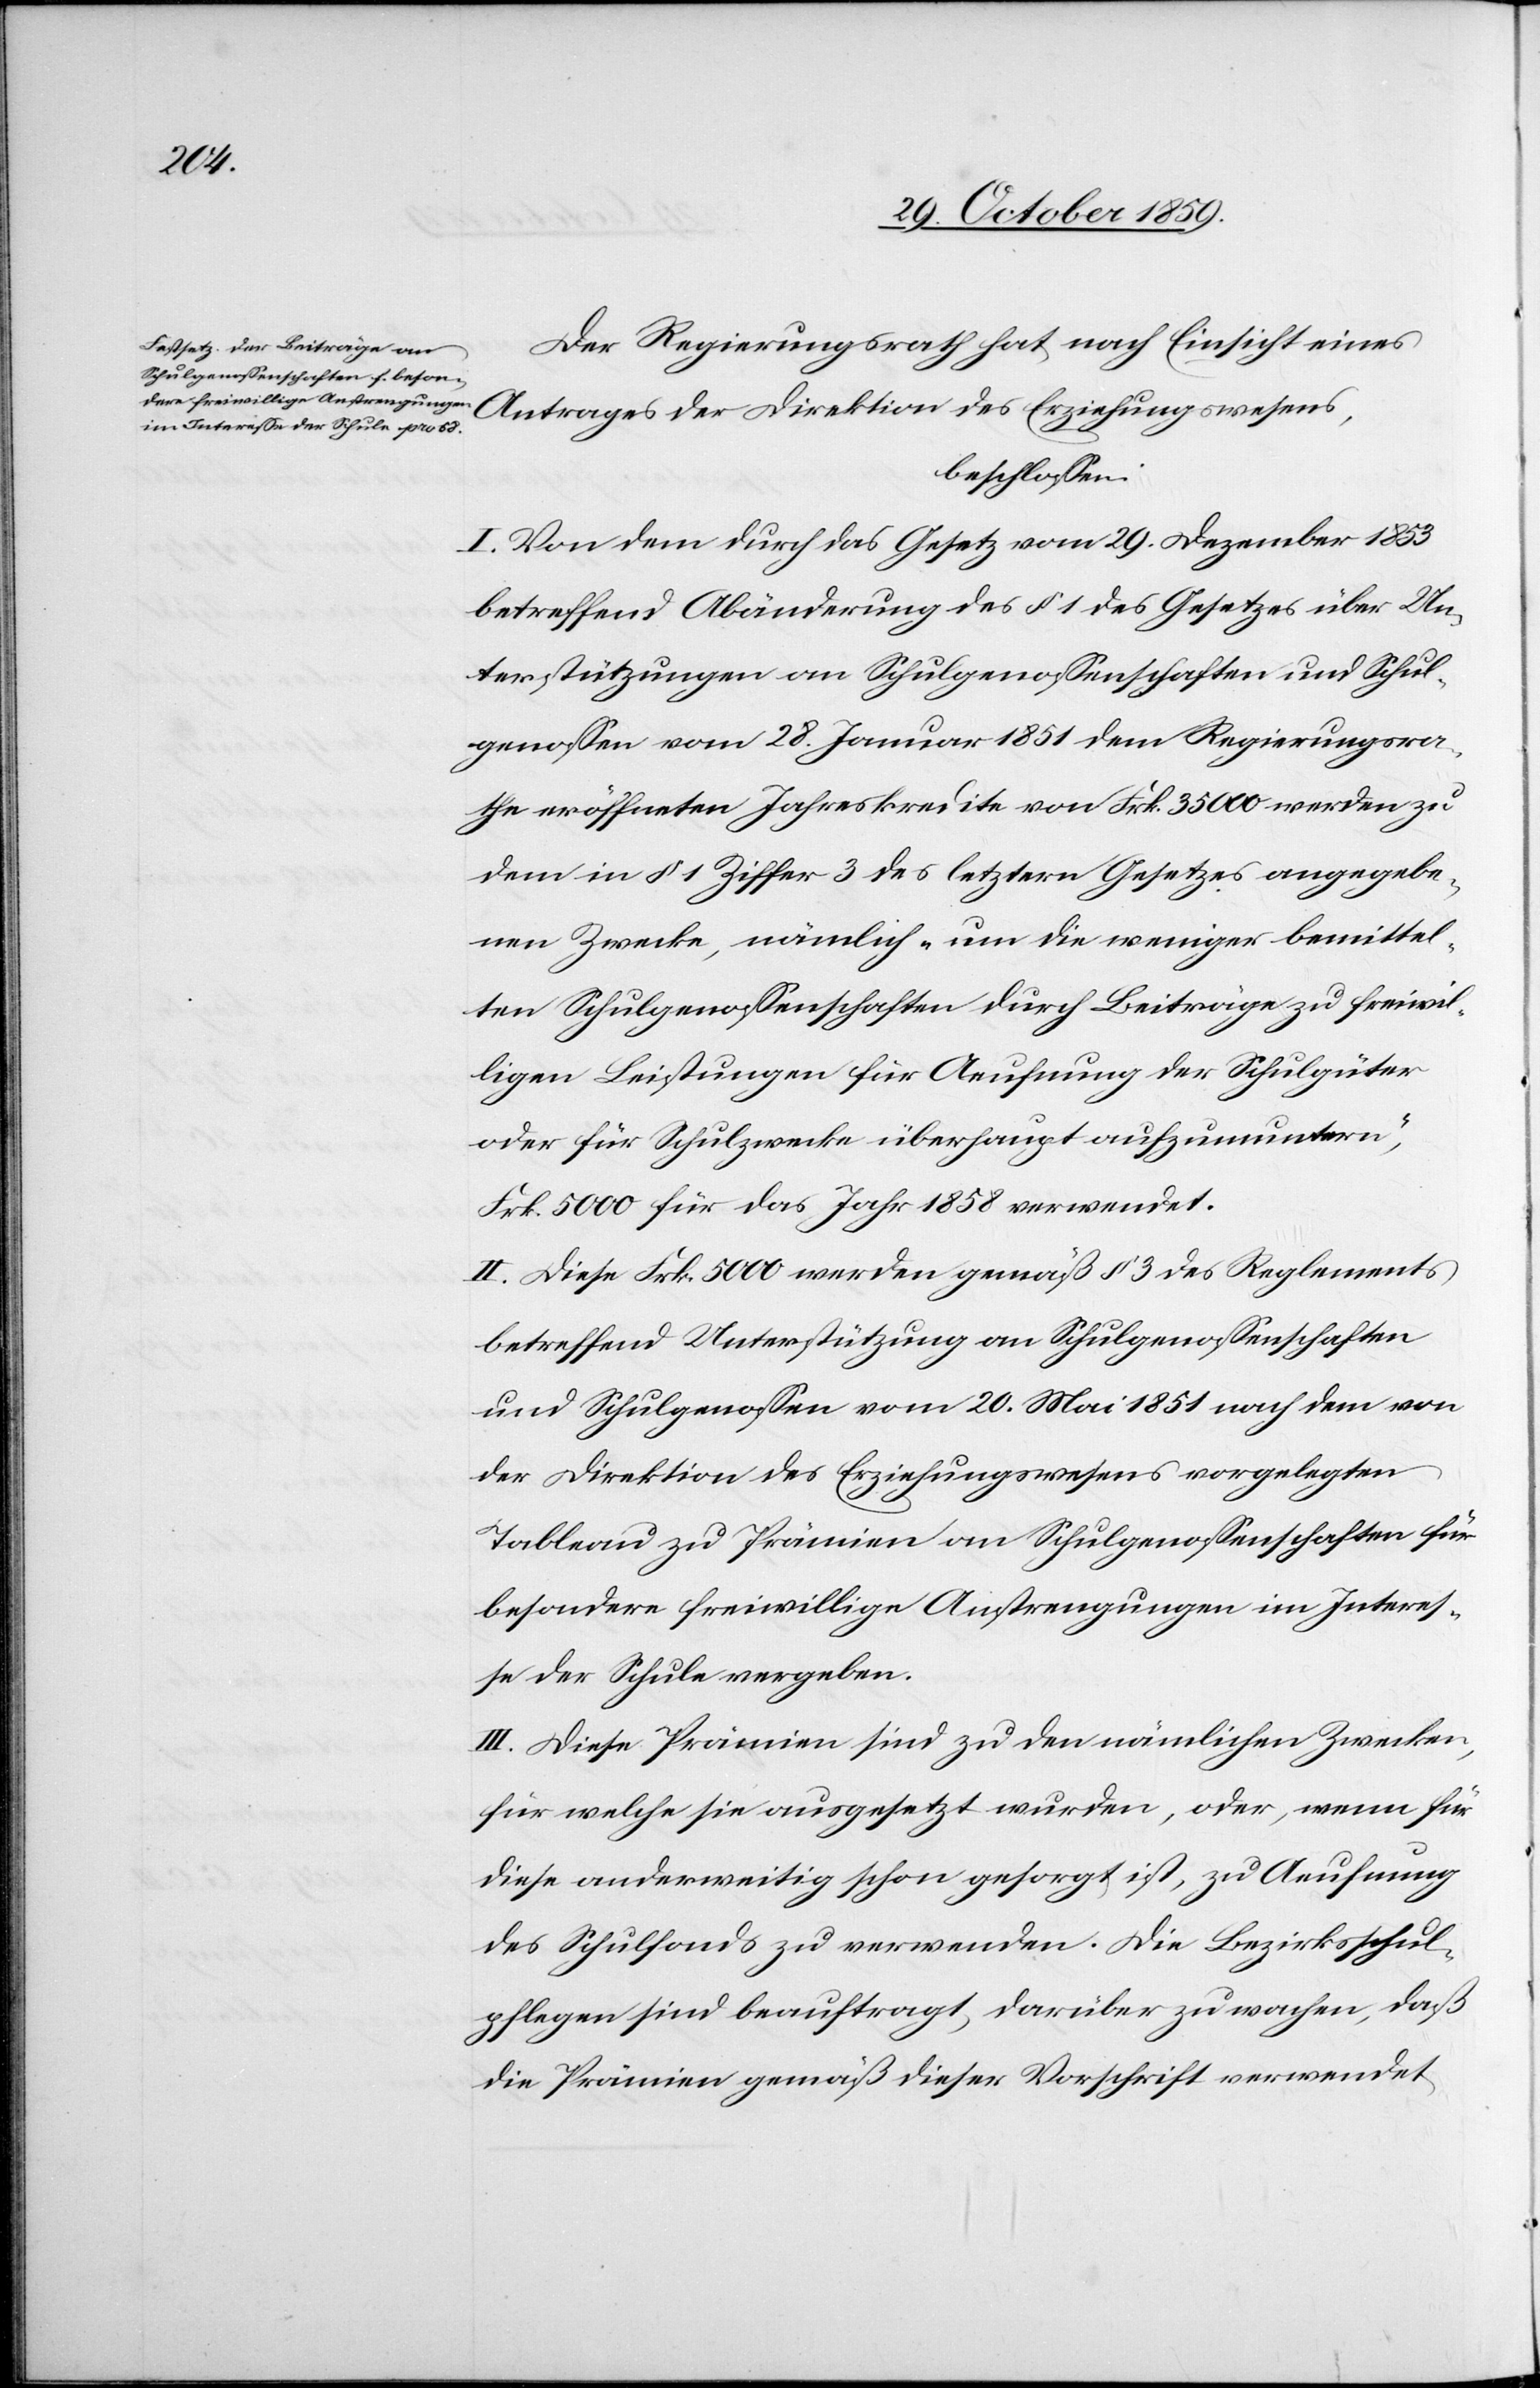
Der Regierungsrath hat, nach Einsicht eines
Antrages der Direktion des Erziehungswesens,
beschlossen:
I. Von dem durch das Gesetz vom 29. Dezember 1853
betreffend Abänderung des § 1 des Gesetzes über Un¬
terstützungen an Schulgenossenschaften und Schul¬
genossen vom 28. Januar 1851 dem Regierungsra¬
the eröffneten Jahreskredite von Frk. 35000 werde zu
dem in § 1 Ziffer 3 des letztern Gesetzes angegebe¬
nen Zwecke, nämlich „um die weniger bemittel¬
ten Schulgenossenschaften durch Beiträge zu freiwil¬
ligen Leistungen für Aeufnung der Schulgüter
oder für Schulzwecke überhaupt aufzumuntern“,
Frk. 5000 für das Jahr 1858 verwendet.
II. Diese Frk. 5000 werden gemäß § 3 des Reglements
betreffend Unterstützung an Schulgenossenschaften
und Schulgenossen vom 20. Mai 1851 nach dem von
der Direktion des Erziehungswesens vorgelegten
Tableau zu Prämien an Schulgenossenschaften für
besondere freiwillige Anstrengungen im Interes¬
se der Schule vergeben.
III. Diese Prämien sind zu den nämlichen Zwecken
für welche sie ausgesetzt wurden, oder, wenn für
diese anderweitig schon gesorgt ist, zu Aeufnung
des Schulfonds zu verwenden. Die Bezirksschul¬
pflegen sind beauftragt, darüber zu wachen, daß
die Prämien gemäß dieser Vorschrift verwendet